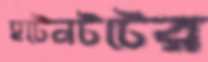
হটেনটটের